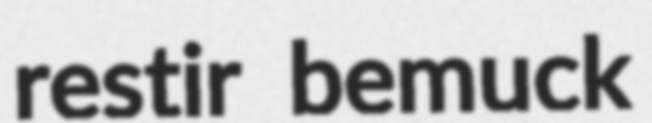
restir bemuck